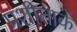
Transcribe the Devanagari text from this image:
प्रशीताकें